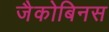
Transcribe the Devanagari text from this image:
जैकोबिनस